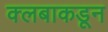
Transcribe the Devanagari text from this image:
क्लबाकडून